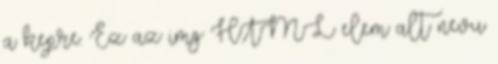
a kepre. Ez az img HTML elem alt nevu